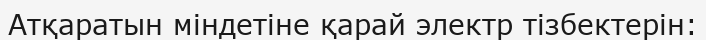
Атқаратын міндетіне қарай электр тізбектерін: